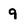
Character: 9